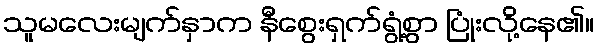
သူမလေးမျက်နှာက နီစွေးရှက်ရွံ့စွာ ပြုံးလို့နေ၏။